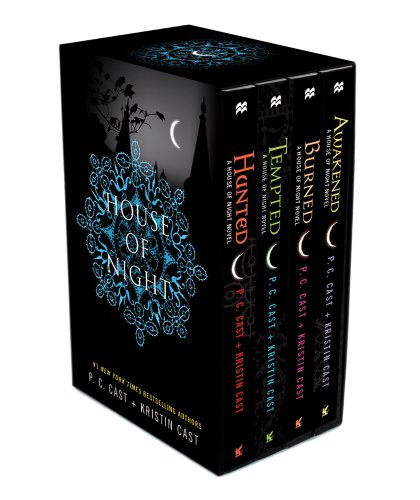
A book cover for House of Night TP boxed set (books 5-8): Hunted, Tempted, Burned, Awakened (House of Night Novels); P. C. Cast; Teen & Young Adult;